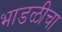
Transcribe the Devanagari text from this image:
भाडळीचा